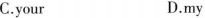
C.your D.my